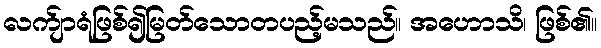
လက်ျာရံဖြစ်၍မြတ်သောတပည့်မသည်။ အဟောသိ၊ ဖြစ်၏။